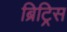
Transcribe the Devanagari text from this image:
ब्रिट्रिस